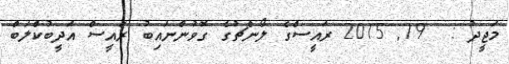
މަޖީދު :  19